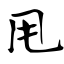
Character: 甩